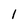
Character: l